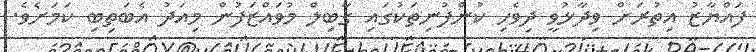
ފައްޔާޒު އިތުރަށް ވިދާޅުވީ ދިވެހި ކުންފުނިތަކުގައި ގާބިލް މުވައްޒަފުން މިއަދު އެބަތިބި ކަމަށެވެ.